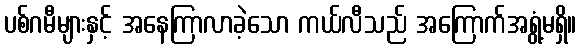
ပစ်ဂမီများနှင့် အနေကြာလာခဲ့သော ကယ်လီသည် အကြောက်အရွံ့မရှိ။